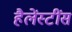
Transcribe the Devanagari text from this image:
हैलेंस्टींस